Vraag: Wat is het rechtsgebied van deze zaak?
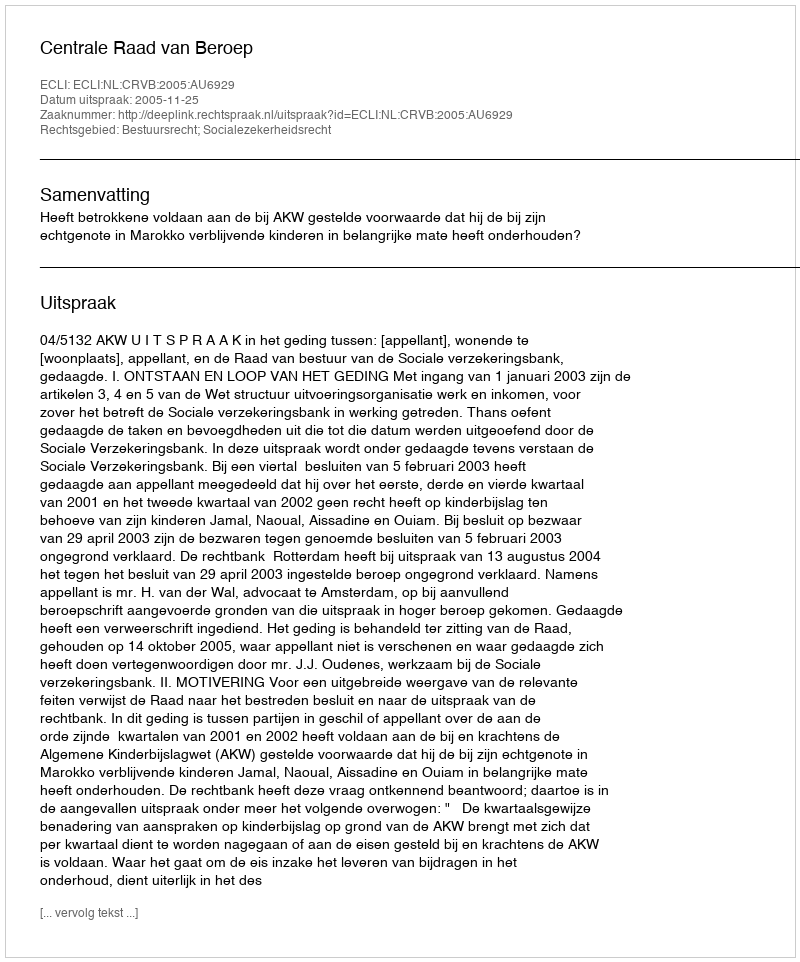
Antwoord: Bestuursrecht; Socialezekerheidsrecht